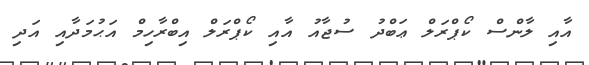
އާއި ލާންސް ކޯޕްރަލް ޢަަބްދު ސުޖާއު އާއި ކޯޕްރަލް އިބްރާހިމް އަޙުުމަދާއި އަދި